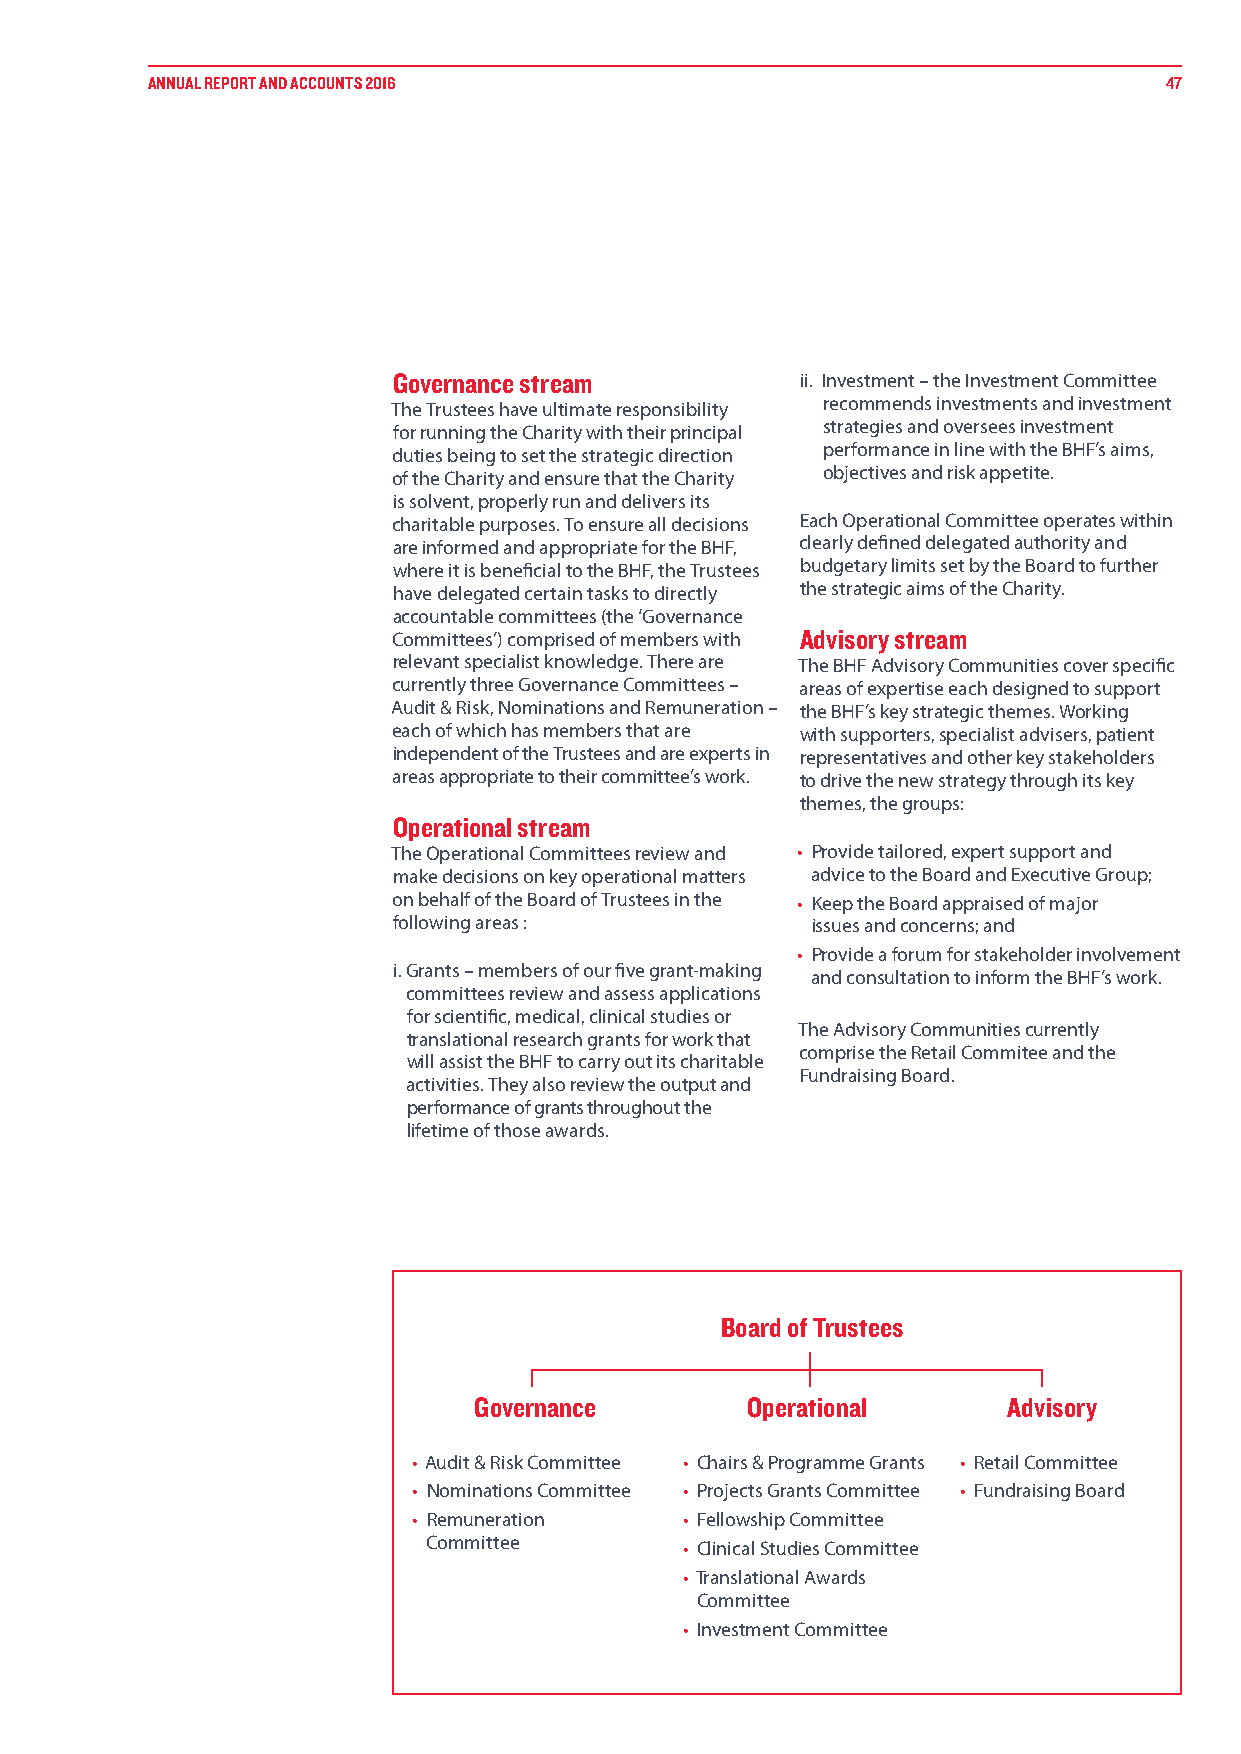
ANNUAL REPORT AND ACCOUNTS 2016                                    47
 Governance stream          ii. Investment – the Investment Committee
 recommends investments and investment
 The Trustees have ultimate responsibility
 strategies and oversees investment
 for running the Charity with their principal
 performance in line with the BHF’s aims,
 duties being to set the strategic direction
 objectives and risk appetite.
 of the Charity and ensure that the Charity
 is solvent, properly run and delivers its
 charitable purposes. To ensure all decisions Each Operational Committee operates within
 are informed and appropriate for the BHF, clearly defined delegated authority and
 where it is beneficial to the BHF, the Trustees budgetary limits set by the Board to further
 have delegated certain tasks to directly the strategic aims of the Charity.
 accountable committees (the ‘Governance
 Committees’) comprised of members with Advisory stream
 relevant specialist knowledge. There are The BHF Advisory Communities cover specific
 currently three Governance Committees – areas of expertise each designed to support
 Audit & Risk, Nominations and Remuneration – the BHF’s key strategic themes. Working
 each of which has members that are with supporters, specialist advisers, patient
 independent of the Trustees and are experts in representatives and other key stakeholders
 areas appropriate to their committee’s work. to drive the new strategy through its key
 themes, the groups:
 Operational stream
 The Operational Committees review and • Provide tailored, expert support and
 make decisions on key operational matters advice to the Board and Executive Group;
 on behalf of the Board of Trustees in the • Keep the Board appraised of major
 following areas :           issues and concerns; and
 • Provide a forum for stakeholder involvement
 i. Grants – members of our five grant-making
 and consultation to inform the BHF’s work.
 committees review and assess applications
 for scientific, medical, clinical studies or
 The Advisory Communities currently
 translational research grants for work that
 comprise the Retail Commitee and the
 will assist the BHF to carry out its charitable
 Fundraising Board.
 activities. They also review the output and
 performance of grants throughout the
 lifetime of those awards.
 Board of Trustees
 Governance        Operational       Advisory
 • Audit & Risk Committee • Chairs & Programme Grants • Retail Committee
 • Nominations Committee • Projects Grants Committee • Fundraising Board
 • Remuneration    • Fellowship Committee
 Committee        • Clinical Studies Committee
 • Translational Awards
 Committee
 • Investment Committee